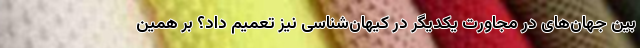
بین جهان‌های در مجاورت یکدیگر در کیهان‌شناسی نیز تعمیم داد؟ بر همین